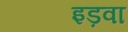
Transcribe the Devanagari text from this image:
इड़वा